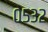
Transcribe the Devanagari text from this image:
०५३२